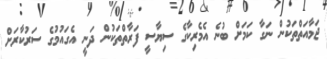
ޖަމާއަތްތަކުން ނަގާ ކަމަށް ބުނެ އެމެރިކާގެ ސިޔާސީ ފަރާތްތަކުން ދަނީ އެގައުމުގެ ސަރުކާރަށް